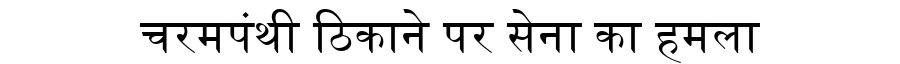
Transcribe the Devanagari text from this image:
चरमपंथी ठिकाने पर सेना का हमला